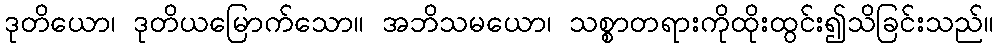
ဒုတိယော၊ ဒုတိယမြောက်သော။ အဘိသမယော၊ သစ္စာတရားကိုထိုးထွင်း၍သိခြင်းသည်။